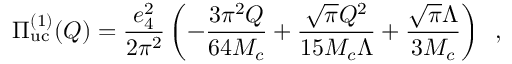
\Pi _ { \mathrm { u c } } ^ { ( 1 ) } ( Q ) = \frac { e _ { 4 } ^ { 2 } } { 2 \pi ^ { 2 } } \left( - \frac { 3 \pi ^ { 2 } Q } { 6 4 M _ { c } } + \frac { \sqrt { \pi } Q ^ { 2 } } { 1 5 M _ { c } \Lambda } + \frac { \sqrt { \pi } \Lambda } { 3 M _ { c } } \right) \, ~ ,